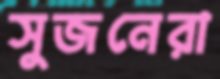
সুজনেরা